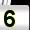
Digit: 5